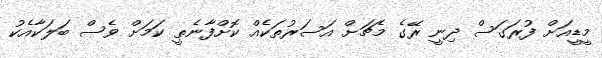
މީޑީއަށް ފުރަގަސް ދިނީ ރޭގެ މެޗަށް އަސަރުތަކެއް ކޮށްފާނެތީ ކަމަށް ވެސް ބަލަކާއެކު